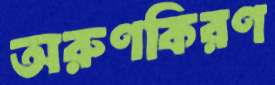
অরুণকিরণ